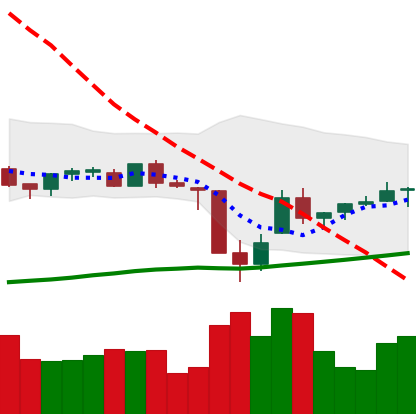
Ticker: TRX-USD
Chart end date: 2021-06-30
Forward return: -5.242%
Label: down_5_7